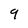
Character: 9